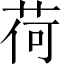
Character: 荷